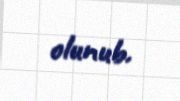
olunub.